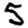
Digit: 5